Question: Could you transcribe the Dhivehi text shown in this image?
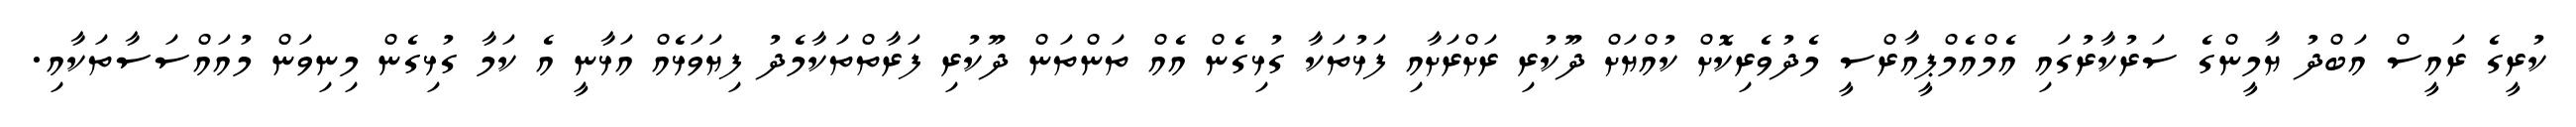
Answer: ކުރީގެ ރައީސް އަބްދު ޔާމީންގެ ސަރުކާރުގައި އެމްއެމްޕީއާރްސީ މެދުވެރިކޮށް ކުއްޔަށް ދޫކުރި ރަށްރަށާއި ފަޅުތަކާ ގުޅިގެން އެއް ތަންތަން ދޫކުރި ފަރާތްތަކާމެދު ފިޔަވަޅެއް އަޅާނީ އެ ކަމާ ގުޅިގެން މިނިވަން މުއައްސަސާތަކާއި.